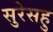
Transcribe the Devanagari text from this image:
सुरेसहु